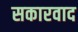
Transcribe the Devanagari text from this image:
सकारवाद